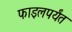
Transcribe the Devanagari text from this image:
फाइलपर्यंत